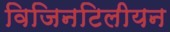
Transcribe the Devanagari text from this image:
विजिनटिलीयन